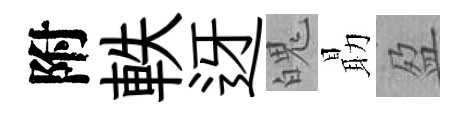
附軼迓魄朂盈